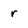
Character: r